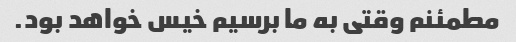
مطمئنم وقتی به ما برسیم خیس خواهد بود.